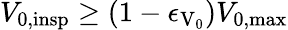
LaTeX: V_{\mathrm{0,insp}}\geq\left(1-\epsilon_{\mathrm{V_{\mathrm{0}}}}\right)V_{\mathrm{0,max}}